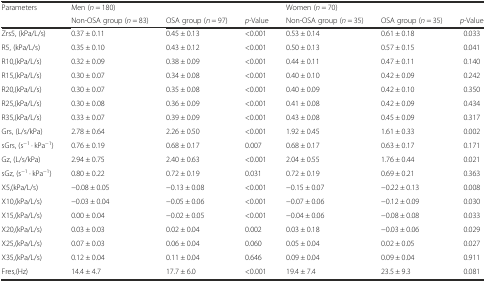
<table><thead><tr><td rowspan="2"><b>Parameters</b></td><td colspan="3"><b>Men (<i>n</i> = 180)</b></td><td colspan="3"><b>Women (<i>n</i> = 70)</b></td></tr><tr><td><b>Non-OSA group (<i>n</i> = 83)</b></td><td><b>OSA group (<i>n</i> = 97)</b></td><td><b><i>p-</i>Value</b></td><td><b>Non-OSA group (<i>n</i> = 35)</b></td><td><b>OSA group (<i>n</i> = 35)</b></td><td><b><i>p</i>-Value</b></td></tr></thead><tbody><tr><td>Zrs5, (kPa/L/s)</td><td>0.37 ± 0.11</td><td>0.45 ± 0.13</td><td>&lt;0.001</td><td>0.53 ± 0.14</td><td>0.61 ± 0.18</td><td>0.033</td></tr><tr><td>R5, (kPa/L/s)</td><td>0.35 ± 0.10</td><td>0.43 ± 0.12</td><td>&lt;0.001</td><td>0.50 ± 0.13</td><td>0.57 ± 0.15</td><td>0.041</td></tr><tr><td>R10,(kPa/L/s)</td><td>0.32 ± 0.09</td><td>0.38 ± 0.09</td><td>&lt;0.001</td><td>0.44 ± 0.11</td><td>0.47 ± 0.11</td><td>0.140</td></tr><tr><td>R15,(kPa/L/s)</td><td>0.30 ± 0.07</td><td>0.34 ± 0.08</td><td>&lt;0.001</td><td>0.40 ± 0.10</td><td>0.42 ± 0.09</td><td>0.242</td></tr><tr><td>R20,(kPa/L/s)</td><td>0.30 ± 0.07</td><td>0.35 ± 0.08</td><td>&lt;0.001</td><td>0.40 ± 0.09</td><td>0.42 ± 0.10</td><td>0.350</td></tr><tr><td>R25,(kPa/L/s)</td><td>0.30 ± 0.08</td><td>0.36 ± 0.09</td><td>&lt;0.001</td><td>0.41 ± 0.08</td><td>0.42 ± 0.09</td><td>0.434</td></tr><tr><td>R35,(kPa/L/s)</td><td>0.33 ± 0.07</td><td>0.39 ± 0.09</td><td>&lt;0.001</td><td>0.43 ± 0.08</td><td>0.45 ± 0.09</td><td>0.317</td></tr><tr><td>Grs, (L/s/kPa)</td><td>2.78 ± 0.64</td><td>2.26 ± 0.50</td><td>&lt;0.001</td><td>1.92 ± 0.45</td><td>1.61 ± 0.33</td><td>0.002</td></tr><tr><td>sGrs, (s<sup>−1</sup> · kPa<sup>−1</sup>)</td><td>0.76 ± 0.19</td><td>0.68 ± 0.17</td><td>0.007</td><td>0.68 ± 0.17</td><td>0.63 ± 0.17</td><td>0.171</td></tr><tr><td>Gz, (L/s/kPa)</td><td>2.94 ± 0.75</td><td>2.40 ± 0.63</td><td>&lt;0.001</td><td>2.04 ± 0.55</td><td>1.76 ± 0.44</td><td>0.021</td></tr><tr><td>sGz, (s<sup>−1</sup> · kPa<sup>−1</sup>)</td><td>0.80 ± 0.22</td><td>0.72 ± 0.19</td><td>0.031</td><td>0.72 ± 0.19</td><td>0.69 ± 0.21</td><td>0.363</td></tr><tr><td>X5,(kPa/L/s)</td><td>−0.08 ± 0.05</td><td>−0.13 ± 0.08</td><td>&lt;0.001</td><td>−0.15 ± 0.07</td><td>−0.22 ± 0.13</td><td>0.008</td></tr><tr><td>X10,(kPa/L/s)</td><td>−0.03 ± 0.04</td><td>−0.05 ± 0.06</td><td>&lt;0.001</td><td>−0.07 ± 0.06</td><td>−0.12 ± 0.09</td><td>0.030</td></tr><tr><td>X15,(kPa/L/s)</td><td>0.00 ± 0.04</td><td>−0.02 ± 0.05</td><td>&lt;0.001</td><td>−0.04 ± 0.06</td><td>−0.08 ± 0.08</td><td>0.033</td></tr><tr><td>X20,(kPa/L/s)</td><td>0.03 ± 0.03</td><td>0.02 ± 0.04</td><td>0.002</td><td>0.03 ± 0.18</td><td>−0.03 ± 0.06</td><td>0.029</td></tr><tr><td>X25,(kPa/L/s)</td><td>0.07 ± 0.03</td><td>0.06 ± 0.04</td><td>0.060</td><td>0.05 ± 0.04</td><td>0.02 ± 0.05</td><td>0.027</td></tr><tr><td>X35,(kPa/L/s)</td><td>0.12 ± 0.04</td><td>0.11 ± 0.04</td><td>0.646</td><td>0.09 ± 0.04</td><td>0.09 ± 0.04</td><td>0.911</td></tr><tr><td>Fres,(Hz)</td><td>14.4 ± 4.7</td><td>17.7 ± 6.0</td><td>&lt;0.001</td><td>19.4 ± 7.4</td><td>23.5 ± 9.3</td><td>0.081</td></tr></tbody></table>